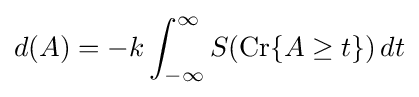
d(A)=-k\int _{-\infty }^{\infty }S(\operatorname {Cr} \lbrace A\geq t\rbrace )\,dt